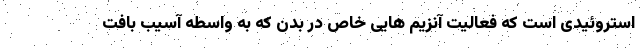
استروئیدی است که فعالیت آنزیم هایی خاص در بدن که به واسطه آسیب بافت